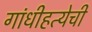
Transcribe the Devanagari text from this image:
गांधीहत्येची